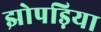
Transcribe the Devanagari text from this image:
झोपड़िया